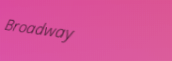
Broadway